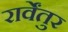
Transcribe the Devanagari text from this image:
रार्वेंतुर